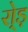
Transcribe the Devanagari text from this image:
रो्ड़